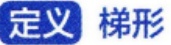
定义 梯形